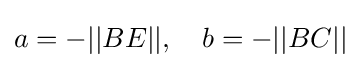
a=-||BE||,\quad b=-||BC||